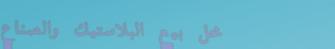
محل بيع البلاستيك والصناع